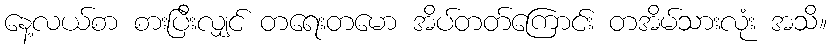
နေ့လယ်စာ စားပြီးလျှင် တရေးတမော အိပ်တတ်ကြောင်း တအိမ်သားလုံး အသိ။